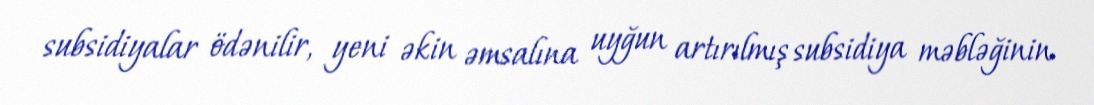
subsidiyalar ödənilir, yeni əkin əmsalına uyğun artırılmış subsidiya məbləğinin